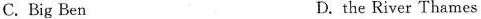
C. Big Ben D.the River Thames